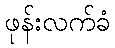
ဖုန်းလက်ခံ